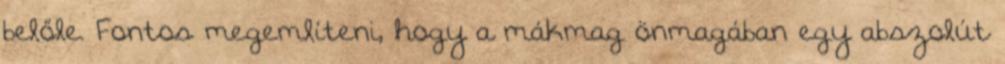
belőle. Fontos megemlíteni, hogy a mákmag önmagában egy abszolút